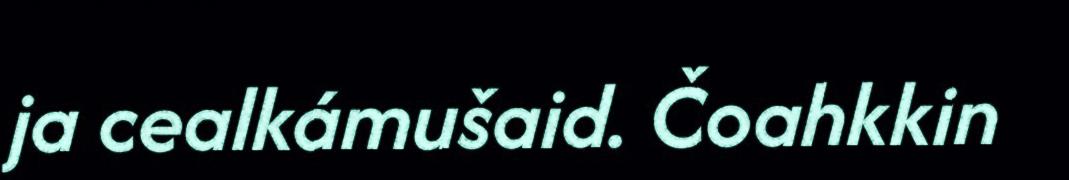
ja cealkámušaid. Čoahkkin